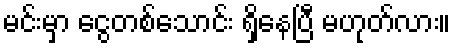
မင်းမှာ ငွေတစ်သောင်း ရှိနေပြီ မဟုတ်လား။